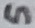
Text: 5